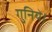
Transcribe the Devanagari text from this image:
गुनिये।